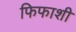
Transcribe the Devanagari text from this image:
फिफाशी